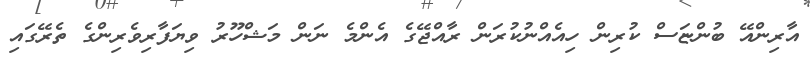
އާރިންއޭ ބުންޏަސް ކުރިން ހިއެއްނުކުރަން ރާއްޖޭގެ އެންމެ ނަން މަޝްހޫރު ވިޔަފާރިވެރިންގެ ތެރޭގައި